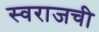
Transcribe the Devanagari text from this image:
स्वराजची